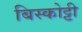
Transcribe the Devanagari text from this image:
बिस्कोट्टी